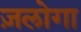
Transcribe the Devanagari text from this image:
ज़लोगा